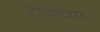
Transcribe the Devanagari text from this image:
टाचेच्या